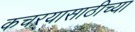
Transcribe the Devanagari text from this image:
कचऱ्यासाठीच्या